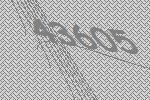
43605